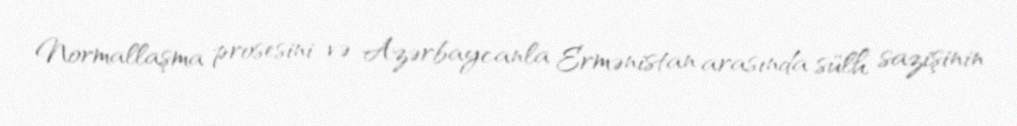
Normallaşma prosesini və Azərbaycanla Ermənistan arasında sülh sazişinin